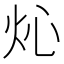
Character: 𤆸